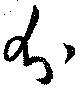
分